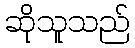
ဆိုသူသည်